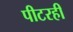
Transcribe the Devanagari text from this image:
पीटरही